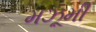
મઝૂમી